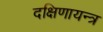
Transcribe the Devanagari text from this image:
दक्षिणायन्त्र